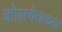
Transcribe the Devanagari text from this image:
कोलचेव्हच्या